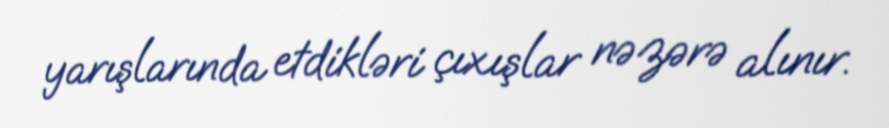
yarışlarında etdikləri çıxışlar nəzərə alınır.